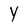
Character: y